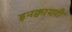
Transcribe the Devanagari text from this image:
इनक्वायरी